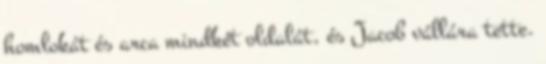
homlokát és arca mindkét oldalát, és Jacob vállára tette.